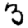
Digit: 3